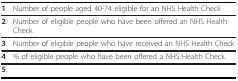
<table><thead><tr><td><b>1.</b></td><td><b>Number of people aged 40-74 eligible for an NHS Health Check</b></td></tr></thead><tbody><tr><td><b>2</b>.</td><td>Number of eligible people who have been offered an NHS Health Check.</td></tr><tr><td><b>3</b>.</td><td>Number of eligible people who have received an NHS Health Check.</td></tr><tr><td><b>4</b>.</td><td>% of eligible people who have been offered a NHS Health Check.</td></tr><tr><td><b>5</b>.</td><td>[EMPTY_CELL]</td></tr></tbody></table>